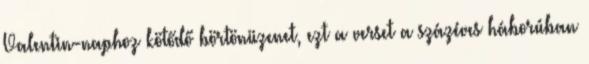
Valentin-naphoz kötődő börtönüzenet, ezt a verset a százéves háborúban